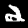
Digit: 2